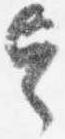
令